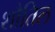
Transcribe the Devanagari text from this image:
शौतिल